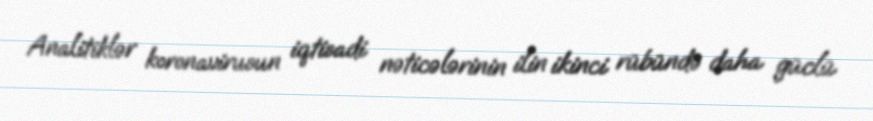
Analitiklər koronavirusun iqtisadi nəticələrinin ilin ikinci rübündə daha güclü